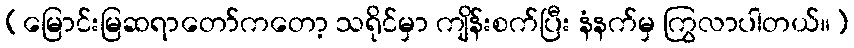
(မြောင်းမြဆရာတော်ကတော့ သရိုင်မှာ ကျိန်းစက်ပြီး နံနက်မှ ကြွလာပါတယ်။)